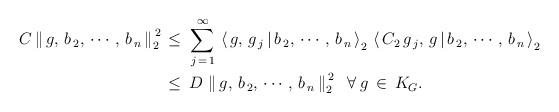
LaTeX: \begin{align*}C\left\|\,g,\, b_{\,2},\, \cdots,\, b_{\,n}\,\right\|_{2}^{\,2} \,&\leq\,\sum\limits_{\,j \,=\, 1}^{\,\infty}\,\left<\,g,\, g_{\,j} \,|\, b_{\,2},\, \cdots,\, b_{\,n}\,\right>_{2}\,\left<\,C_{2}\,g_{\,j},\, g \,|\, b_{\,2},\, \cdots,\, b_{\,n}\,\right>_{2}\\&\leq\, D\,\left\|\,g,\, b_{\,2},\, \cdots,\, b_{\,n}\,\right\|_{2}^{\,2}\; \;\forall\; g \,\in\, K_{G}. \end{align*}